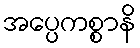
အပ္ပေကစ္စာနိ